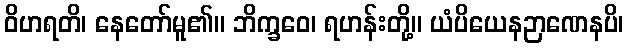
ဝိဟရတိ၊ နေတော်မူ၏။ ဘိက္ခဝေ၊ ရဟန်းတို့။ ယံပိယေနဉာဏေနပိ၊